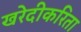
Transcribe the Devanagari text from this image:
खरेदीकरिता